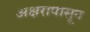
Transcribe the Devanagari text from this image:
अक्षरापासून